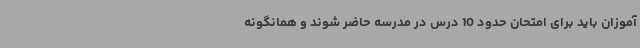
آموزان باید برای امتحان حدود 10 درس در مدرسه حاضر شوند و همانگونه